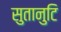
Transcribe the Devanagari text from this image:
सुतानुटि